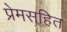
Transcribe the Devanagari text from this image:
प्रेमसहित